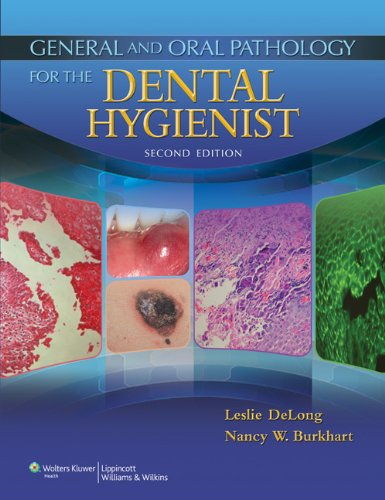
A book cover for General and Oral Pathology for the Dental Hygienist; Leslie DeLong BS  MHA; Medical Books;